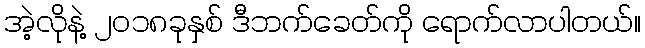
အဲ့လိုနဲ့ ၂၀၁၈ခုနှစ် ဒီဘက်ခေတ်ကို ရောက်လာပါတယ်။